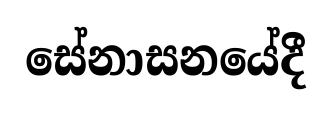
සේනාසනයේදී